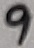
Text: 9